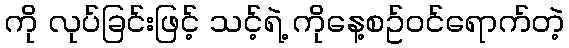
ကို လုပ်ခြင်းဖြင့် သင့်ရဲ့ ကိုနေ့စဥ်ဝင်ရောက်တဲ့